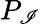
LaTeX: P_{\mathscr{I}}